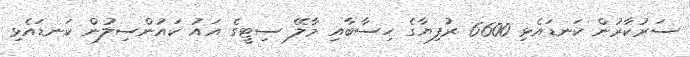
ސަރުކާރުން ކަނޑައެޅި 6600 ރުފިޔާގެ ހިސާބާއި މާލޭ ސިޓީގެ އައު ކައުންސިލުން ކަނޑައެޅި